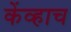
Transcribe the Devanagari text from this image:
केंव्हाच